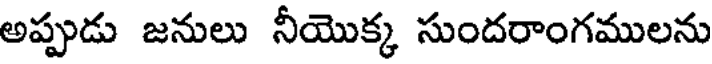
అప్పుడు జనులు నీయొక్క సుందరాంగములను